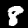
Label: 8